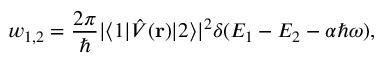
w _ { 1 , 2 } = \frac { 2 \pi } { \hbar } \vert \langle 1 \vert \hat { V } ( \mathbf { r } ) \vert 2 \rangle \vert ^ { 2 } \delta ( E _ { 1 } - E _ { 2 } - \alpha \hbar \omega ) ,